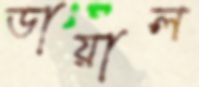
ডায়াল